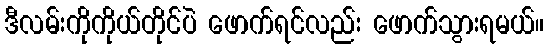
ဒီလမ်းကိုကိုယ်တိုင်ပဲ ဖောက်ရင်လည်း ဖောက်သွားရမယ်။